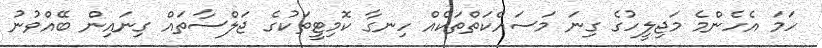
ހަމަ އެހެންމެ މަޖިލީހުގެ ގިނަ މަސައްކަތްތަކެއް ހިނގާ ކޮމިޓީތަކުގެ ޖަލްސާތައް ގިނައިން ބޭއްވުނު